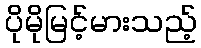
ပိုမိုမြင့်မားသည့်